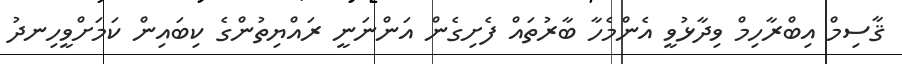
ޤާސިމް އިބްރާހިމް ވިދާޅުވީ އެންމެހާ ބާރުތައް ފެށިގެން އަންނަނީ ރައްޔިތުންގެ ކިބައިން ކަމަށްވީހިނދު